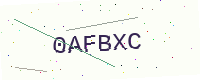
Text: 0AFBXC